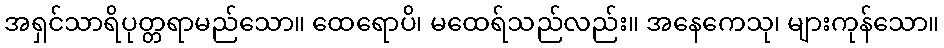
အရှင်သာရိပုတ္တရာမည်သော။ ထေရောပိ၊ မထေရ်သည်လည်း။ အနေကေသု၊ များကုန်သော။